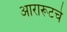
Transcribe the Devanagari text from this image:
आरारूटचे